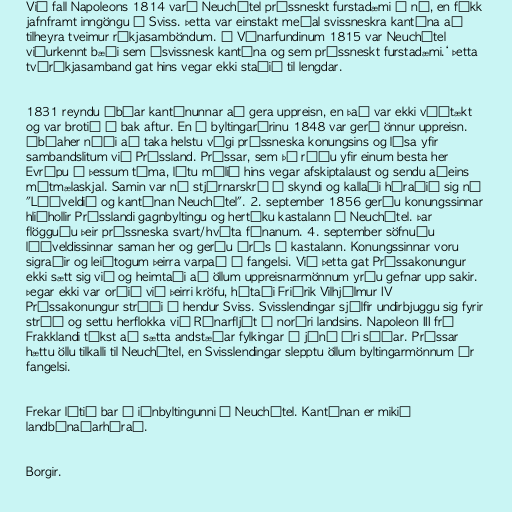
Við fall Napoleons 1814 varð Neuchâtel prússneskt furstadæmi á ný, en fékk
jafnframt inngöngu í Sviss. Þetta var einstakt meðal svissneskra kantóna að
tilheyra tveimur ríkjasamböndum. Á Vínarfundinum 1815 var Neuchâtel
viðurkennt bæði sem ‚svissnesk kantóna og sem prússneskt furstadæmi.‘ Þetta
tvíríkjasamband gat hins vegar ekki staðið til lengdar.

1831 reyndu íbúar kantónunnar að gera uppreisn, en það var ekki víðtækt
og var brotið á bak aftur. En á byltingarárinu 1848 var gerð önnur uppreisn.
Íbúaher náði að taka helstu vígi prússneska konungsins og lýsa yfir
sambandslitum við Prússland. Prússar, sem þá réðu yfir einum besta her
Evrópu á þessum tíma, létu málið hins vegar afskiptalaust og sendu aðeins
mótmælaskjal. Samin var ný stjórnarskrá í skyndi og kallaði héraðið sig nú
"Lýðveldið og kantónan Neuchâtel". 2. september 1856 gerðu konungssinnar
hliðhollir Prússlandi gagnbyltingu og hertóku kastalann í Neuchâtel. Þar
flögguðu þeir prússneska svart/hvíta fánanum. 4. september söfnuðu
lýðveldissinnar saman her og gerðu árás á kastalann. Konungssinnar voru
sigraðir og leiðtogum þeirra varpað í fangelsi. Við þetta gat Prússakonungur
ekki sætt sig við og heimtaði að öllum uppreisnarmönnum yrðu gefnar upp sakir.
Þegar ekki var orðið við þeirri kröfu, hótaði Friðrik Vilhjálmur IV
Prússakonungur stríði á hendur Sviss. Svisslendingar sjálfir undirbjuggu sig fyrir
stríð og settu herflokka við Rínarfljót í norðri landsins. Napoleon III frá
Frakklandi tókst að sætta andstæðar fylkingar í júní ári síðar. Prússar
hættu öllu tilkalli til Neuchâtel, en Svisslendingar slepptu öllum byltingarmönnum úr
fangelsi.

Frekar lítið bar á iðnbyltingunni í Neuchâtel. Kantónan er mikið
landbúnaðarhérað.

Borgir.